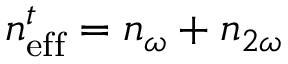
n _ { \mathrm { e f f } } ^ { t } = n _ { \omega } + n _ { 2 \omega }